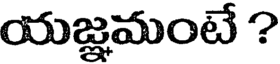
యజ్ఞమంటే ?